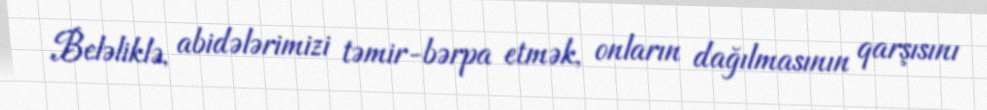
Beləliklə, abidələrimizi təmir-bərpa etmək, onların dağılmasının qarşısını